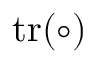
\operatorname { t r } ( \circ )